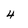
Character: 4